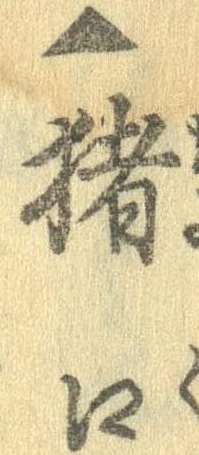
▲猪口